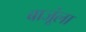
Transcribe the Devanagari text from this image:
बाजूंला